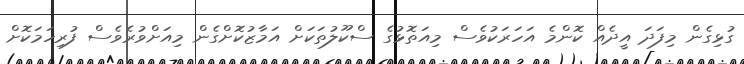
ގުޅިގެން މިފަދަ އީދެއް ކޮންމެ އަހަރަކުވެސް މިއަތޮޅުގެ ސްކޫލުތަކަށް އަމާޒުކޮށްގެން މިއަށްވުރެވެސް ފުރިހަމަކޮށް